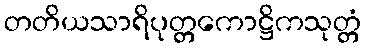
တတိယသာရိပုတ္တကောဋ္ဌိကသုတ္တံ